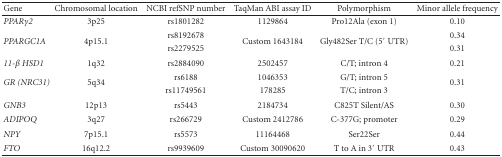
<table><thead><tr><td><b>Gene</b></td><td><b>Chromosomal location</b></td><td><b>NCBI refSNP number</b></td><td><b>TaqMan ABI assay ID</b></td><td><b>Polymorphism</b></td><td><b>Minor allele frequency</b></td></tr></thead><tbody><tr><td><i>PPAR<i>γ</i>2</i></td><td>3p25</td><td>rs1801282</td><td>1129864</td><td>Pro12Ala (exon 1)</td><td>0.10</td></tr><tr><td rowspan="2"><i>PPARGC1A</i></td><td rowspan="2">4p15.1</td><td>rs8192678 </td><td rowspan="2">Custom 1643184</td><td rowspan="2">Gly482Ser T/C (5′ UTR)</td><td>0.34</td></tr><tr><td>rs2279525</td><td>0.31</td></tr><tr><td><i>11-<i>β</i> HSD1</i></td><td>1q32</td><td>rs2884090</td><td>2502457</td><td>C/T; intron 4</td><td>0.21</td></tr><tr><td rowspan="2"><i>GR (NRC31)</i></td><td rowspan="2">5q34</td><td>rs6188</td><td>1046353</td><td>G/T; intron 5</td><td rowspan="2">0.31</td></tr><tr><td>rs11749561</td><td>178285</td><td>T/C; intron 3</td></tr><tr><td><i>GNB3</i></td><td>12p13</td><td>rs5443</td><td>2184734</td><td>C825T Silent/AS</td><td>0.30</td></tr><tr><td><i>ADIPOQ</i></td><td>3q27</td><td>rs266729</td><td>Custom2412786</td><td>C-377G; promoter</td><td>0.29</td></tr><tr><td><i>NPY</i></td><td>7p15.1</td><td>rs5573</td><td>11164468</td><td>Ser22Ser</td><td>0.44</td></tr><tr><td><i>FTO</i></td><td>16q12.2</td><td>rs9939609</td><td>Custom 30090620</td><td>T to A in 3′ UTR</td><td>0.43</td></tr></tbody></table>